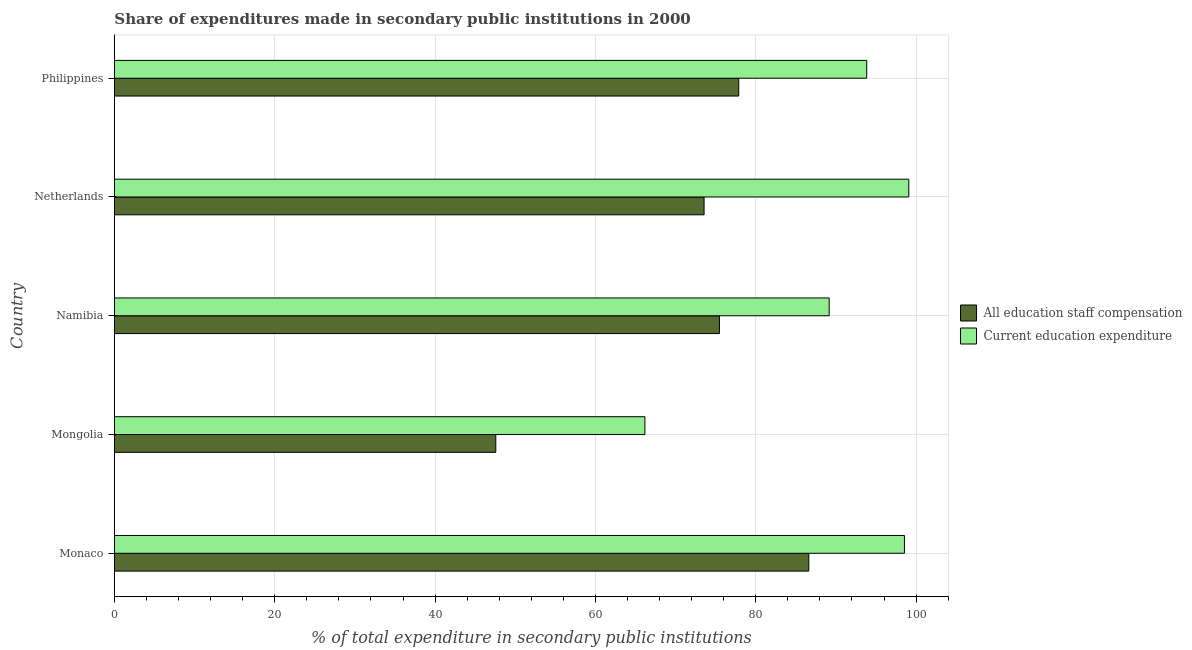
| Country | All education staff compensation | Current education expenditure |
 | --- | --- | --- |
 | Monaco | 86.6 | 98.5 |
 | Mongolia | 47.6 | 66.2 |
 | Namibia | 75.5 | 89.2 |
 | Netherlands | 73.6 | 99.1 |
 | Philippines | 77.9 | 93.8 |